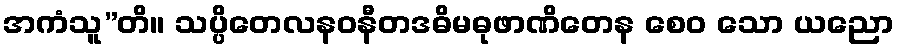
အကံသူ”တိ။ သပ္ပိတေလနဝနီတဒဓိမဓုဖာဏိတေန စေဝ သော ယညော